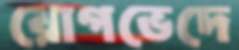
রোগভেদে